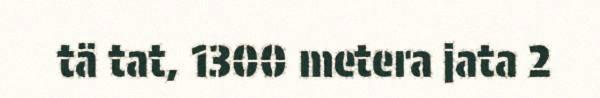
tä tat, 1300 metera jata 2